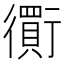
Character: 𧘃